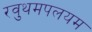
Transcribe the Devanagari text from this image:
रवुथमपलयम